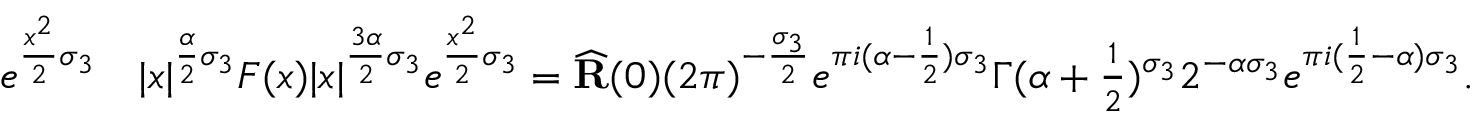
\begin{array} { r l } { e ^ { \frac { x ^ { 2 } } { 2 } \sigma _ { 3 } } } & { | x | ^ { \frac { \alpha } { 2 } \sigma _ { 3 } } F ( x ) | x | ^ { \frac { 3 \alpha } { 2 } \sigma _ { 3 } } e ^ { \frac { x ^ { 2 } } { 2 } \sigma _ { 3 } } = \widehat { \mathbf { R } } ( 0 ) ( 2 \pi ) ^ { - \frac { \sigma _ { 3 } } { 2 } } e ^ { \pi i ( \alpha - \frac { 1 } { 2 } ) \sigma _ { 3 } } \Gamma ( \alpha + \textstyle \frac { 1 } { 2 } ) ^ { \sigma _ { 3 } } 2 ^ { - \alpha \sigma _ { 3 } } e ^ { \pi i ( \frac { 1 } { 2 } - \alpha ) \sigma _ { 3 } } . } \end{array}